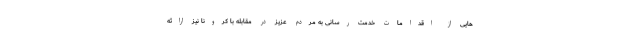
هایی از اقدامات خدمت رسانی به مردم عزیز در مقابله با کرونا نیز ارائه